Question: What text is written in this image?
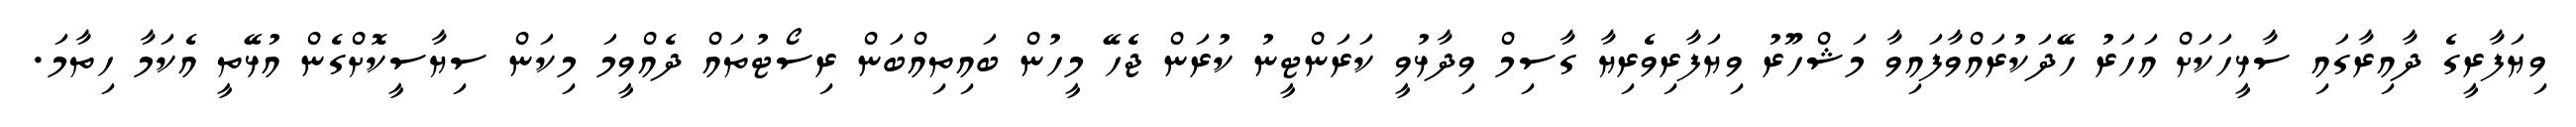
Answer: ވިޔަފާރީގެ ދާއިރާގައި ސާޅީހަކަށް އަހަރު ހޭދަކުރައްވާފައިވާ މަޝްހޫރު ވިޔަފާރިވެރިޔާ ގާސިމް ވިދާޅުވީ ކަރަންޓީނު ކުރަން ޖެހޭ މީހުން ބައިތިއްބަން ރިސޯޓުތައް ދެއްވީމަ މިކަން ސިޔާސީކޮށްގެން އުޅޭތީ އެކަމާ ހިތާމަ.